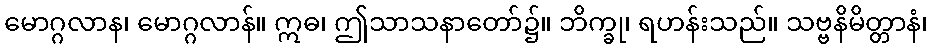
မောဂ္ဂလာန၊ မောဂ္ဂလာန်။ ဣဓ၊ ဤသာသနာတော်၌။ ဘိက္ခု၊ ရဟန်းသည်။ သဗ္ဗနိမိတ္တာနံ၊